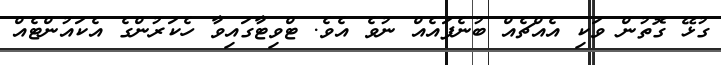
ގުޅޭ ގޮތުން ވަކި އެއްޗެއް ބުނެފައެއް ނުވެ އެވެ. ޓްވިޓާގައިވާ ހެކަރުންގެ އެކައުންޓެއް